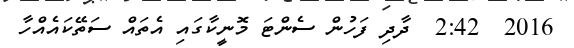
2016  2:42  ދާދި ފަހުން ސެންޓަ މޮނީކާގައި އެތައް ސަތޭކައެއްހާ